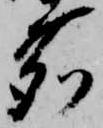
鹿